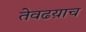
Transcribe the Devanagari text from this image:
तेवढय़ाच